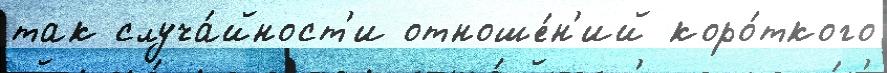
так случа́йност'и отноше́н'ий коро́ткого